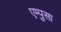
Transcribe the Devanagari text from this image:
एम्पुसा